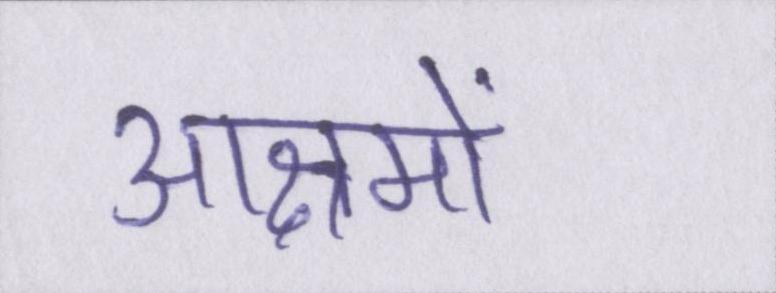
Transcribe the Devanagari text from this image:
आश्रमों